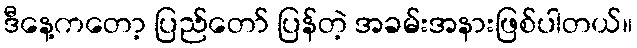
ဒီနေ့ကတော့ ပြည်တော် ပြန်တဲ့ အခမ်းအနားဖြစ်ပါတယ်။